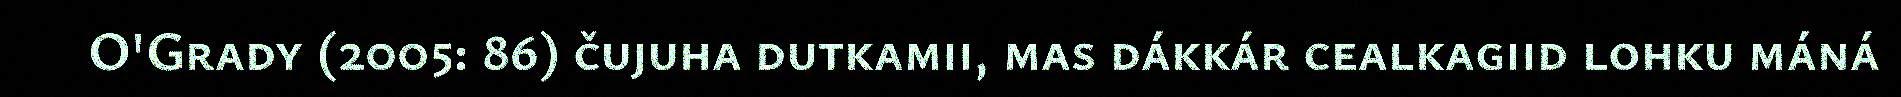
O'Grady (2005: 86) čujuha dutkamii, mas dákkár cealkagiid lohku máná